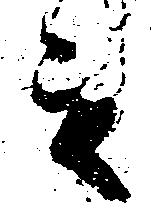
之